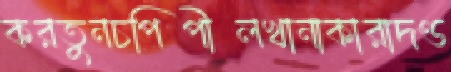
করতুনচপিপীলখানাকারাদণ্ড